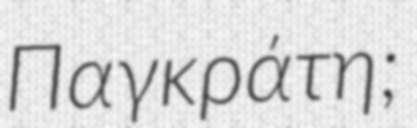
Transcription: Παγκράτη;